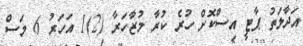
އަދާލަތު ޕާޓީ އިސްކޮށް ހުރެ ކުރާ މުޒާހަރާާ (2)1 އަހަރު 6 މަސް